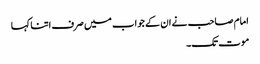
امام صاحب نے ان کے جواب میں صرف اتنا کہا
موت تک۔